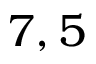
7 , 5